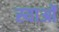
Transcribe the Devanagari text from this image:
स्याओं